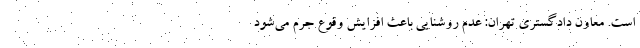
است. معاون دادگستری تهران: عدم روشنایی باعث افزایش وقوع جرم می‌شود